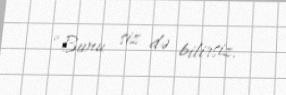
“Bunu siz də bilirsiz.